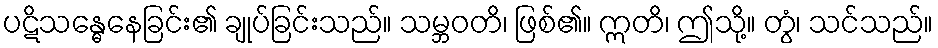
ပဋိသန္ဓေနေခြင်း၏ ချုပ်ခြင်းသည်။ သမ္ဘဝတိ၊ ဖြစ်၏။ ဣတိ၊ ဤသို့။ တွံ၊ သင်သည်။